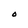
Character: O